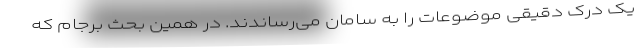
یک درک دقیقی موضوعات را به سامان می‌رساندند. در همین بحث برجام که